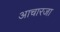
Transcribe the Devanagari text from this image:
आचारजा